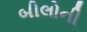
બીલોની